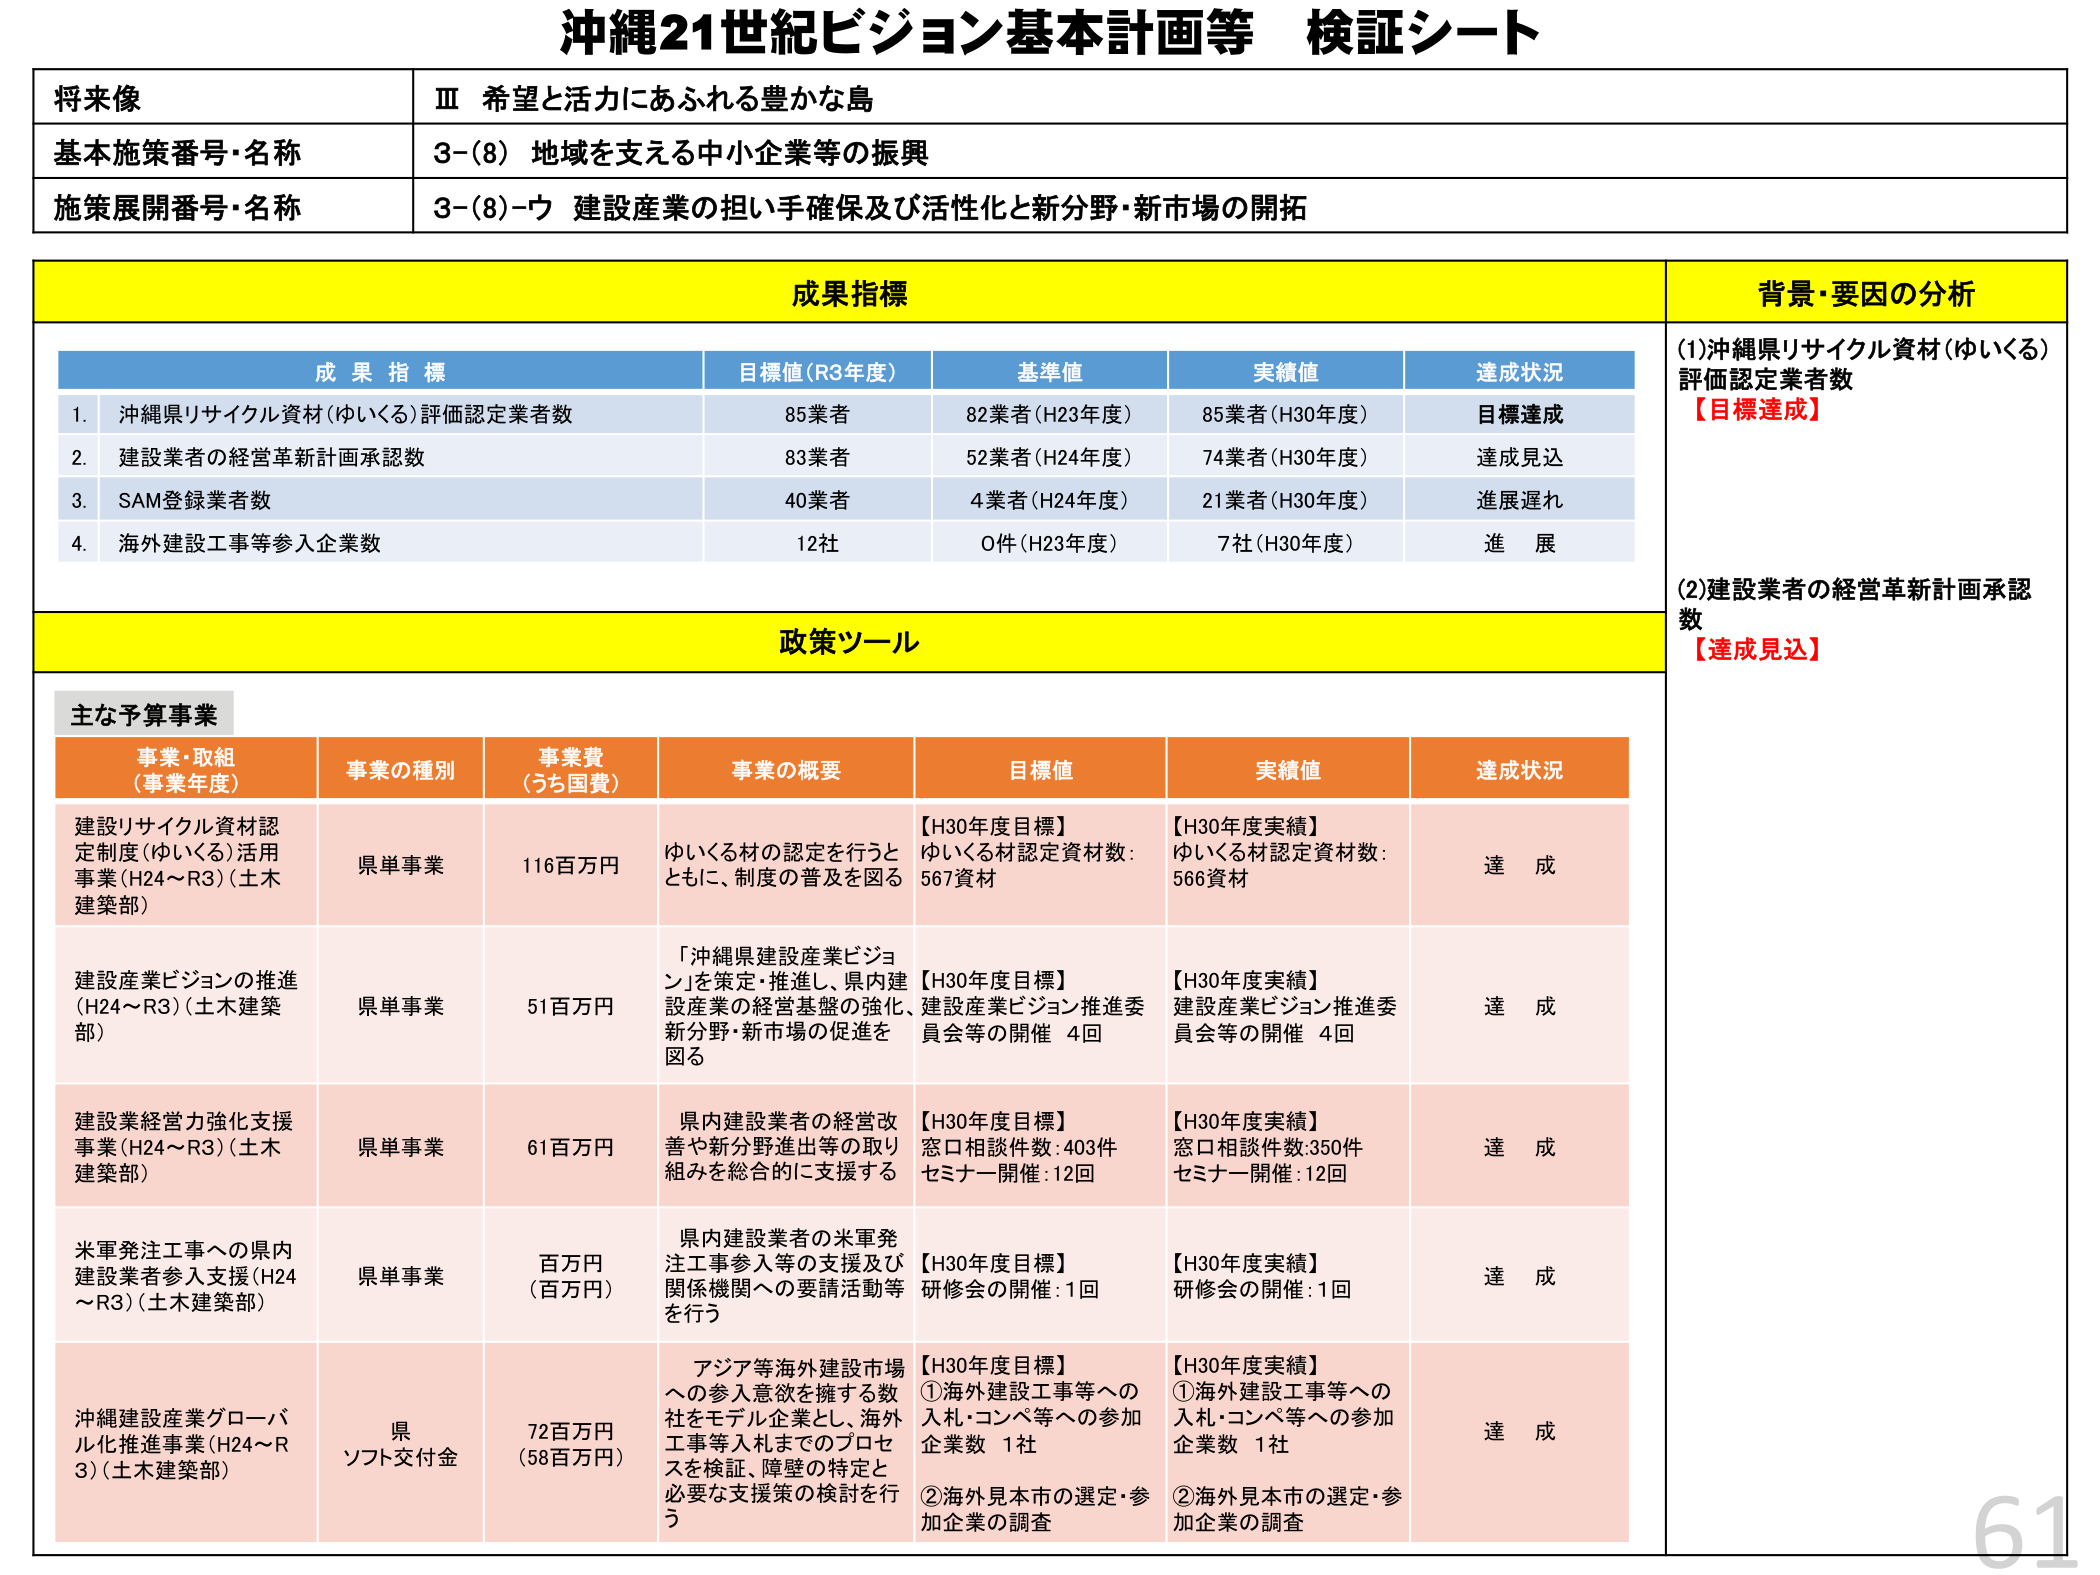
沖縄21世紀ビジョン基本計画等 検証シート

将来像
Ⅲ 希望と活力にあふれる豊かな島

基本施策番号・名称
3-(8) 地域を支える中小企業等の振興

施策展開番号・名称
3-(8)-ウ 建設産業の担い手確保及び活性化と新分野・新市場の開拓

成果指標
背景・要因の分析

成果指標
目標値(R3年度)
基準値
実績値
達成状況

1. 沖縄県リサイクル資材(ゆいくる)評価認定業者数
85業者
82業者(H23年度)
85業者(H30年度)
目標達成

2. 建設業者の経営革新計画承認数
83業者
52業者(H24年度)
74業者(H30年度)
達成見込

3. SAM登録業者数
40業者
4業者(H24年度)
21業者(H30年度)
進展遅れ

4. 海外建設工事等参入企業数
12社
0件(H23年度)
7社(H30年度)
進展

(1)沖縄県リサイクル資材(ゆいくる)評価認定業者数
【目標達成】

(2)建設業者の経営革新計画承認数
【達成見込】

政策ツール

主な予算事業

事業・取組
(事業年度)
事業の種別
事業費
(うち国費)
事業の概要
目標値
実績値
達成状況

建設リサイクル資材認定制度(ゆいくる)活用事業(H24～R3)(土木建築部)
県単事業
116百万円
ゆいくる材の認定を行うとともに、制度の普及を図る
【H30年度目標】
ゆいくる材認定資材数:567資材
【H30年度実績】
ゆいくる材認定資材数:566資材
達成

建設産業ビジョンの推進(H24～R3)(土木建築部)
県単事業
51百万円
「沖縄県建設産業ビジョン」を策定・推進し、県内建設産業の経営基盤の強化、建設産業ビジョン推進委員会等の開催 4回
【H30年度目標】
建設産業ビジョン推進委員会等の開催 4回
【H30年度実績】
建設産業ビジョン推進委員会等の開催 4回
達成

建設業経営力強化支援事業(H24～R3)(土木建築部)
県単事業
61百万円
県内建設業者の経営改善や新分野進出等の取り組みを総合的に支援する
【H30年度目標】
窓口相談件数:403件
セミナー開催:12回
【H30年度実績】
窓口相談件数:350件
セミナー開催:12回
達成

米軍発注工事への県内建設業者参入支援(H24～R3)(土木建築部)
県単事業
百万円
(百万円)
県内建設業者の米軍発注工事参入等の支援及び関係機関への要請活動等を行う
【H30年度目標】
研修会の開催:1回
【H30年度実績】
研修会の開催:1回
達成

沖縄建設産業グローバル化推進事業(H24～R3)(土木建築部)
県ソフト交付金
72百万円
(58百万円)
アジア等海外建設市場への参入意欲を擁する数社をモデル企業とし、海外工事等入札までのプロセスを検証、障壁の特定と必要な支援策の検討を行う
【H30年度目標】
①海外建設工事等への入札・コンペ等への参加企業数 1社
②海外見本市の選定・参加企業の調査
【H30年度実績】
①海外建設工事等への入札・コンペ等への参加企業数 1社
②海外見本市の選定・参加企業の調査
達成

61